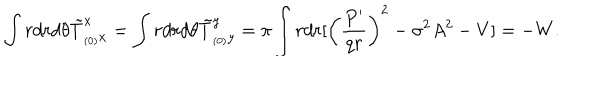
\int r d r d \theta \tilde { T } _ { _ { ( 0 ) } x } ^ { x } = \int r d r d \theta \tilde { T } _ { _ { ( 0 ) } y } ^ { y } = \pi \int r d r [ \left( \frac { P ^ { \prime } } { q r } \right) ^ { 2 } - \sigma ^ { 2 } A ^ { 2 } - V ] = - W .